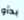
بدأو